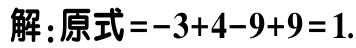
解：原式\(=-3 + 4 - 9 + 9 = 1\).